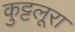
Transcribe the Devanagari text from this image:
कुट्टलूरा